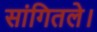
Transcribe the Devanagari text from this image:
सांगितले।